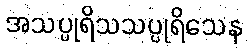
အသပ္ပုရိသသပ္ပုရိသေန